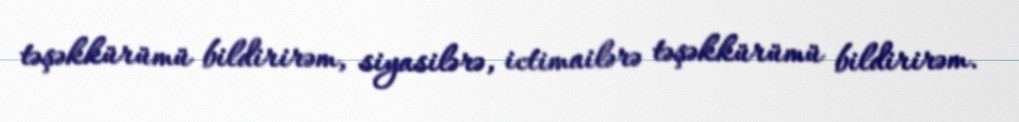
təşəkkürümü bildirirəm, siyasilərə, ictimailərə təşəkkürümü bildirirəm.